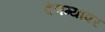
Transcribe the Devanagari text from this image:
देणग्यांवर